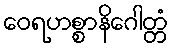
ဝေရဟစ္စာနိဂေါတ္တံ